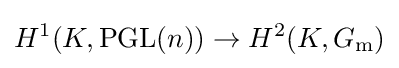
H^{1}(K,\operatorname {PGL} (n))\rightarrow H^{2}(K,G_{\text{m}})